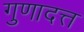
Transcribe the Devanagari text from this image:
गुणादत्त